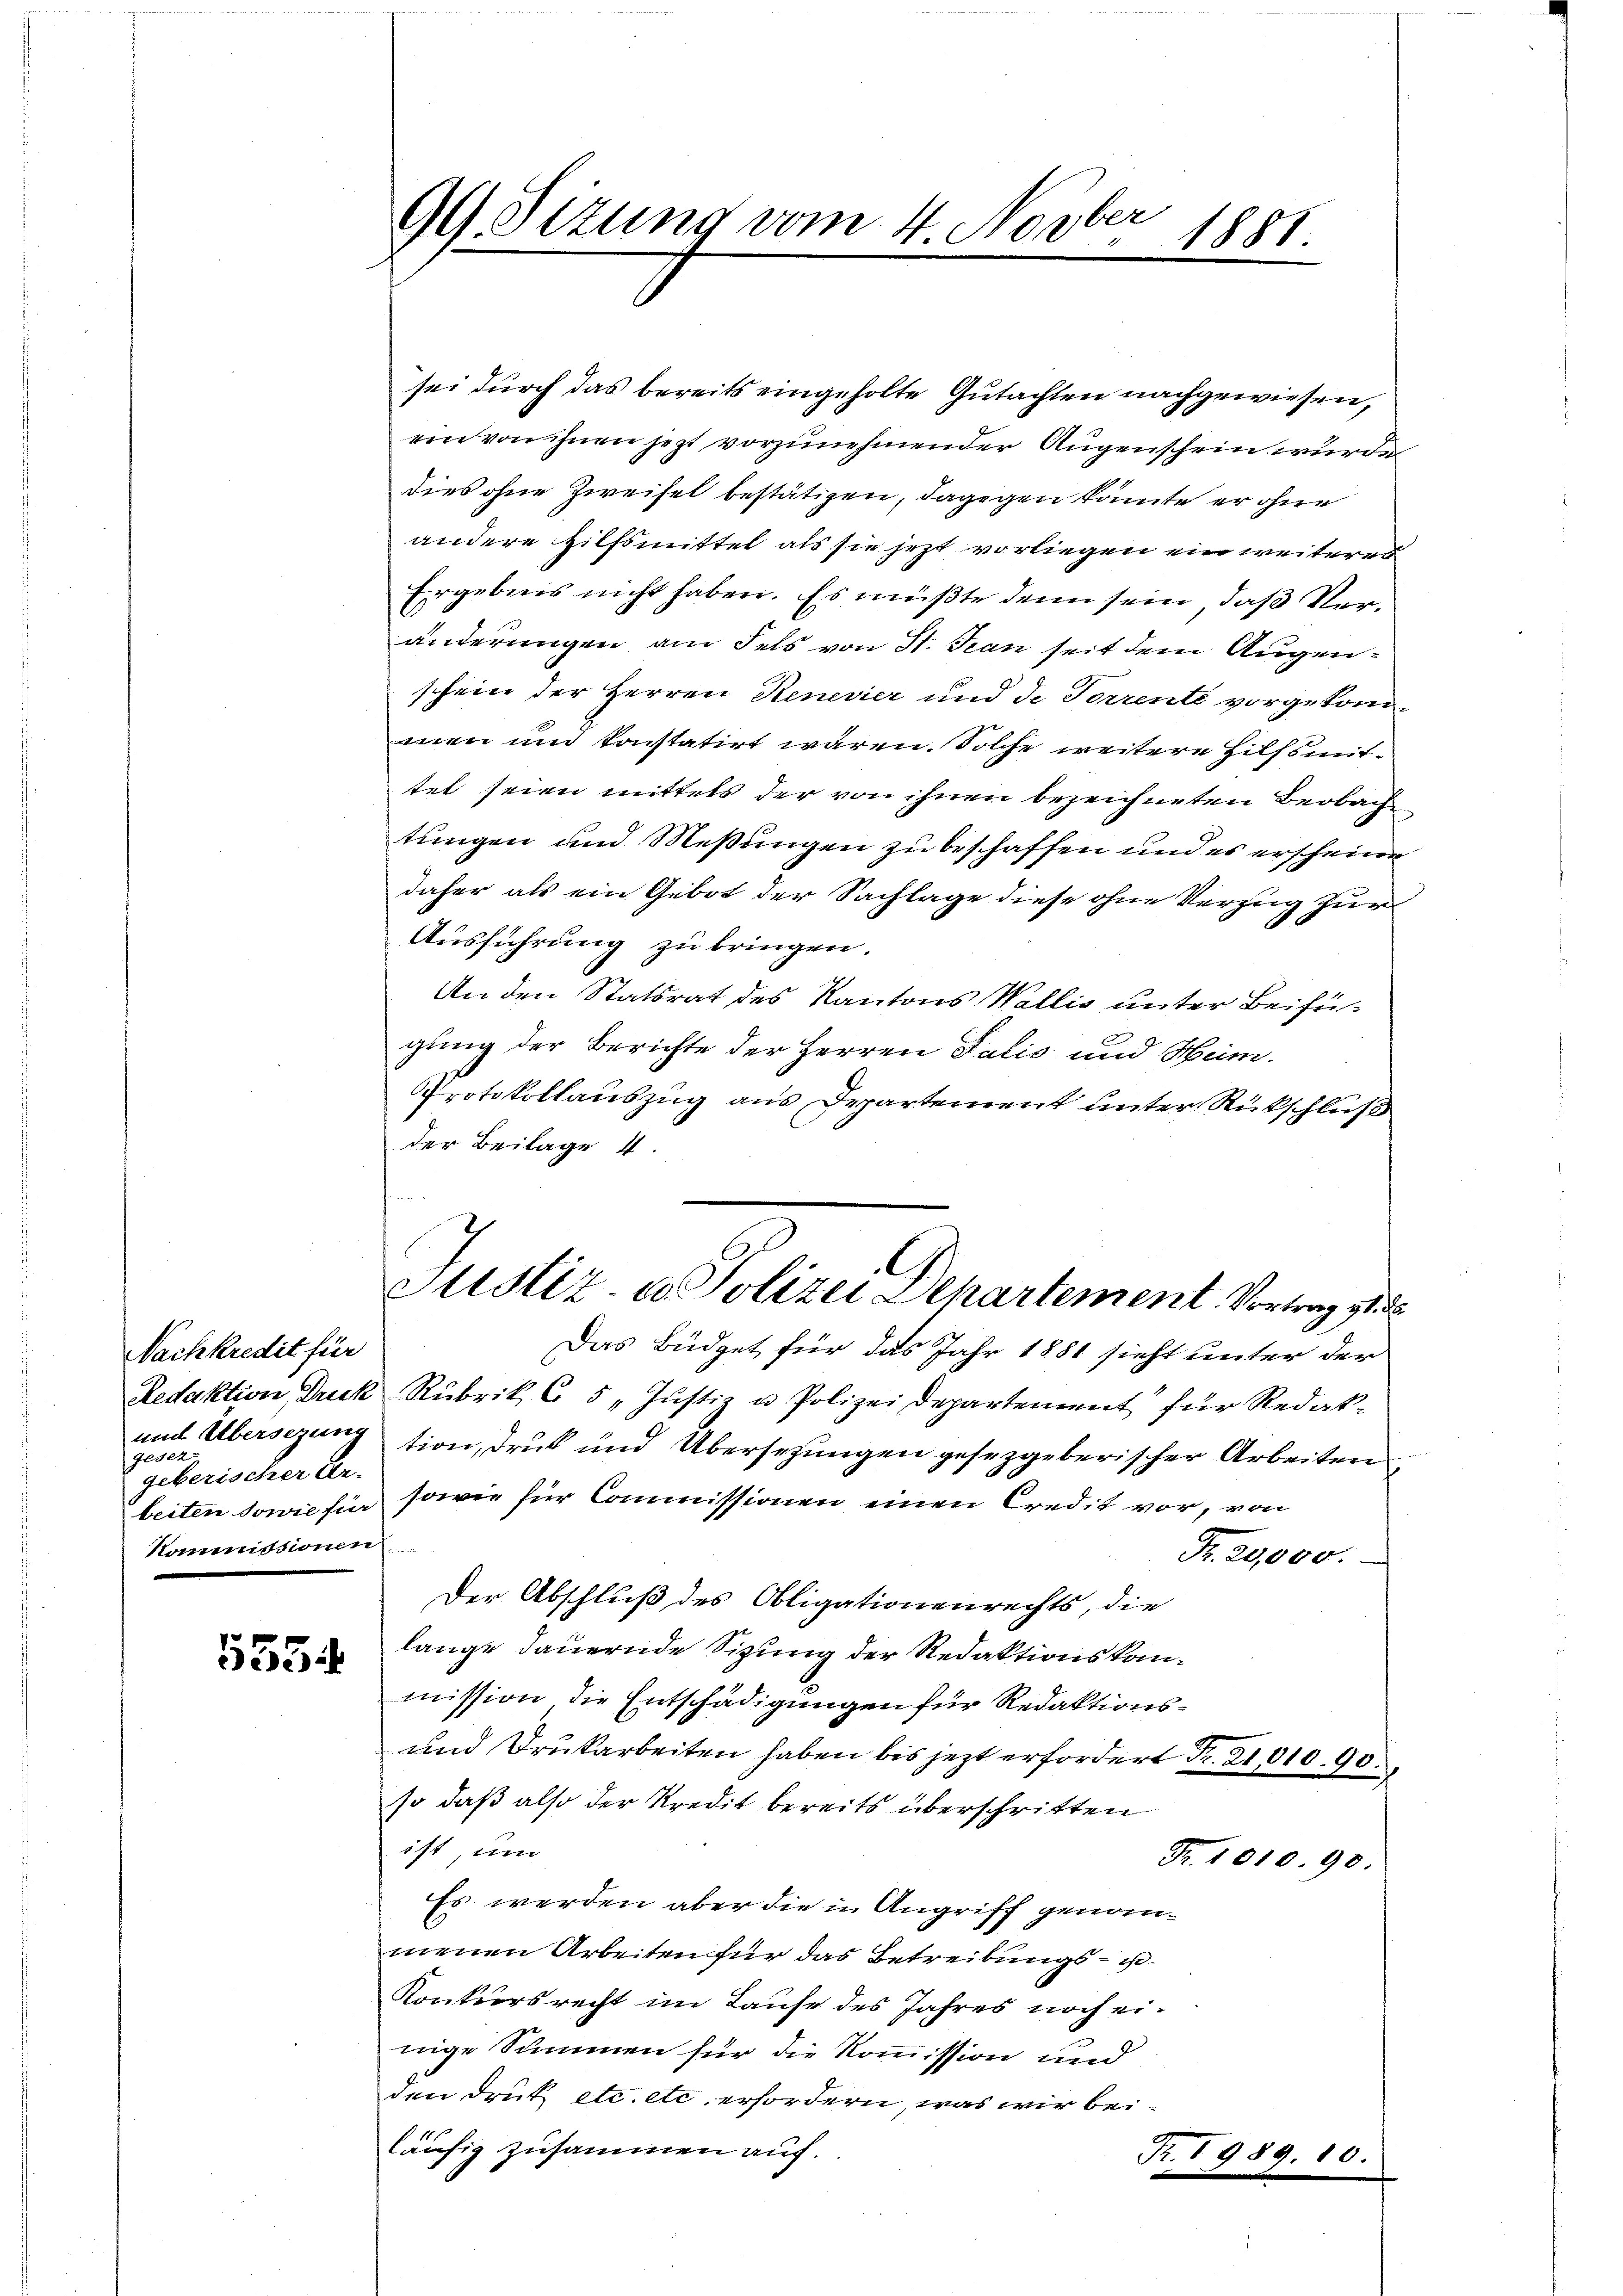
Nachkredit für
und Übersezung
gesez
geberischer An-
Kommissionen

5354

sei durch das bereits eingeholte Gutachten nachgewiesen,
ein von ihnen jezt vorzunehmender Augenschein wurde
dies ohne Zweifel bestätigen, dagegen könnte er ohne
andere Hilfsmittel als sie jetzt vorliegen ein weiteres
Ergebnis nicht haben. Es müßte denn sein, daß Veränderungen am Fels von St. Jean seit dem Augenschein der Herren Renevier und de Torrente vorgekommen und konstatirt wären. Solche weitere Hilfsmittet seien mittels der von ihnen bezeichneten Beobach
tungen und Meßungen zu beschaffen und es erscheine
daher als ein Gebot der Sachlage diese ohne Verzug zur
Ausführung zu bringen.
An den Statsrat des Kantons Wallis unter Beifügung der Berichte der Herren Talić und Heim¬
Protokollauszug aus Departement unter Rückschluß
der Beilage 4.
Das Büdget für das Jahr 1881 sieht unter der
Redaktion Druck Rubrik 65 „Justiz u. Polizei Departement für Redak-
tion, druck und Übersezungen gesezgeberischer Arbeiten
beiten sowie hin sowie für Commissionen einen Credit vor, von
Fr. 20,000.
Der Abschluß des Obligationenrechts, die
lange dauernde Sizung der Redaktionskammission die Entschädigungen für Redaktions¬
und Drukarbeiten haben bis jezt erfordert Fr. 21,01090.
so daß also der Kredit bereits überschritten
ist, um
Fr. 1010. 90.
Es werden aber die in Angriff genommenen Arbeiten für das Betreibungs- u
Konkursrecht im Laufe des Jahres noch einige Summen für die Kommission und
den Druk etc. etc. erfordern, was wir beiläufig zusammen auf.
Fr. 1989. 10.

ber
99 Sizung vom 4. Nov. 1881.

.
Justiz- u. Polizei Departement. Vortrag zu d